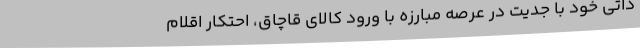
ذاتی خود با جدیت در عرصه مبارزه با ورود کالای قاچاق، احتکار اقلام